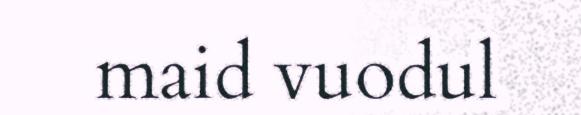
maid vuodul